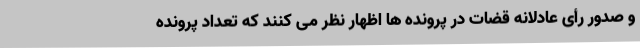
و صدور رأی عادلانه قضات در پرونده ها اظهار نظر می کنند که تعداد پرونده